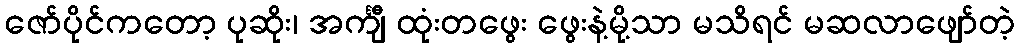
ဇော်ပိုင်ကတော့ ပုဆိုး၊ အင်္ကျီ ထုံးတဖွေး ဖွေးနဲ့မို့သာ မသိရင် မဆလာဖျော်တဲ့